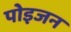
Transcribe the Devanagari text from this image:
पोइजन